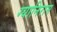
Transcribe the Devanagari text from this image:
ग्यानिराम